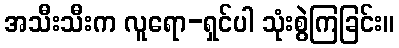
အသီးသီးက လူရော-ရှင်ပါ သုံးစွဲကြခြင်း။